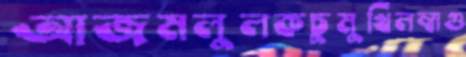
আজমলুলকচুমুখিলম্বাগু